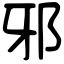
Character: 邪